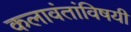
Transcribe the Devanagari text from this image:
कलावंतांविषयी